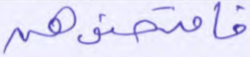
فامتحنوهن